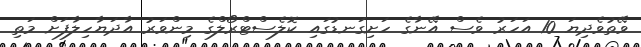
ވޭތުވެދިޔަ 10 އަހަރު ވެސް އޭނާގެ ހަށިގަނޑުގައި ކޮލެސްޓްރޯލްގެ މިންވަރު އާދަޔާހިލާފަށް މަތި